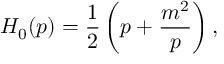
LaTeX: H _ { 0 } ( p ) = \frac 1 2 \left( p + \frac { m ^ { 2 } } { p } \right) ,